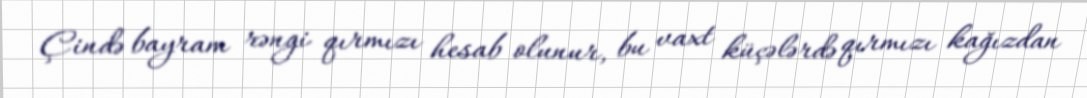
Çində bayram rəngi qırmızı hesab olunur, bu vaxt küçələrdə qırmızı kağızdan